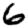
Digit: 6